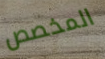
المخصص